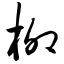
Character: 柳